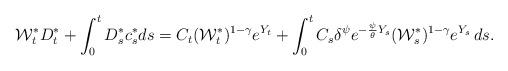
LaTeX: \begin{align*} \mathcal{W}^*_t D^*_t + \int_0^t D^*_s c^*_s ds = C_t (\mathcal{W}_t^*)^{1-\gamma} e^{Y_t} + \int_0^t C_s \delta^\psi e^{-\frac{\psi}{\theta} Y_s} (\mathcal{W}_s^*)^{1-\gamma} e^{Y_s} \, ds. \end{align*}